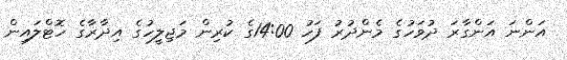
އަންނަ އަންގާރަ ދުވަހުގެ މެންދުރު ފަހު 14:00ގެ ކުރިން މަޖިލީހުގެ އިދާރާގެ ހޮޓްލައިން